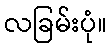
လခြမ်းပုံ။